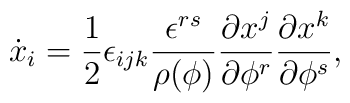
\dot x_i={1\over 2} \epsilon_{ijk} {\epsilon^{rs}\over \rho(\phi)}{\partial x^j\over\partial\phi^r}{\partial x^k\over\partial\phi^s},